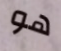
هو